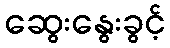
ဆွေးနွေးခွင့်